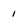
Character: 1